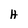
Character: H